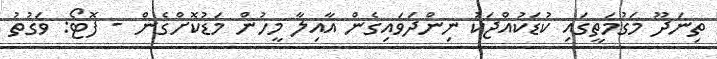
ތިނަދޫ މަގުމަތީގައި ކުޑަކުއްޖަކު ނިންދަވައިގެން އާއިލާ މީހުން މަޑުކޮށްގެން - ފޮޓޯ: ވަގުތު